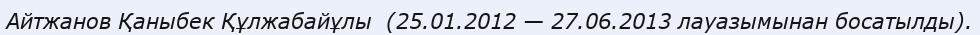
Айтжанов Қаныбек Құлжабайұлы  (25.01.2012 — 27.06.2013 лауазымынан босатылды).